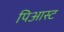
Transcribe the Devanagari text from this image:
पिआस्ट